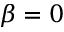
\beta = 0